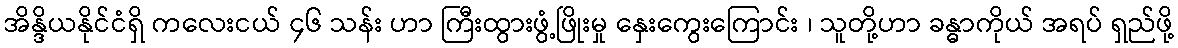
အိန္ဒိယနိုင်ငံရှိ ကလေးငယ် ၄၆ သန်း ဟာ ကြီးထွားဖွံ့ဖြိုးမှု နှေးကွေးကြောင်း ၊ သူတို့ဟာ ခန္ဓာကိုယ် အရပ် ရှည်ဖို့